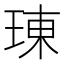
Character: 𤦪